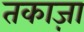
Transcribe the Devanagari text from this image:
तकाज़ा